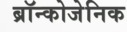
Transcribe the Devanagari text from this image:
ब्रॉन्कोजेनिक